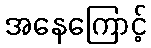
အနေကြောင့်